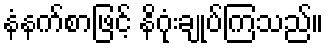
နံနက်စာဖြင့် နိဂုံးချုပ်ကြသည်။